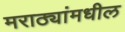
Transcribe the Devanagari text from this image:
मराठ्यांमधील